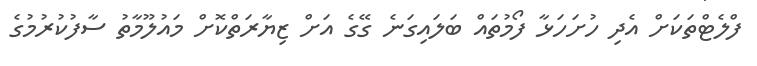
ފްލެޓްތަކަށް އެދި ހުށަހަޅާ ފޯމުތައް ބަލައިގަނެ ގޭގެ އަށް ޒިޔާރަތްކޮށް މައުލޫމާތު ސާފުކުރުމުގެ